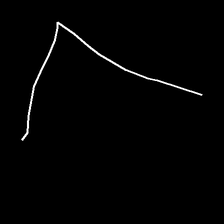
Glyph: region